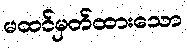
မထင်မှတ်ထားသော